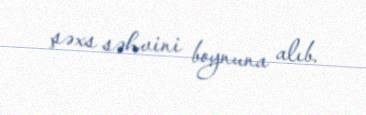
şəxs səhvini boynuna alıb.